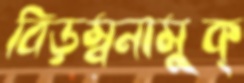
বিড়ম্বনামুক্